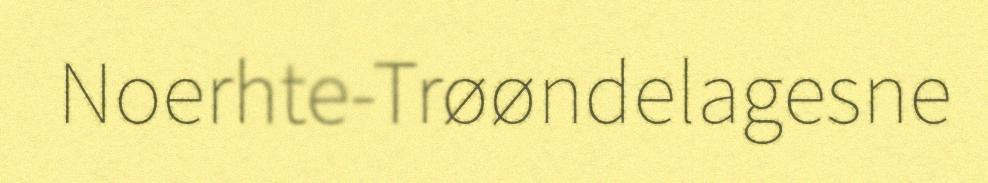
Noerhte-Trøøndelagesne